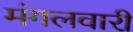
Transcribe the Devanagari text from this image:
मंगलवारी